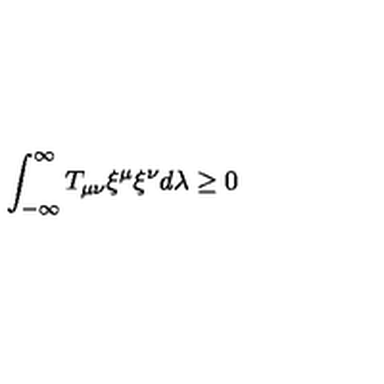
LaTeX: \int _ { - \infty } ^ { \infty } T _ { \mu \nu } { \xi } ^ { \mu } { \xi } ^ { \nu } d \lambda \ge 0